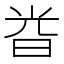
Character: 𣆤